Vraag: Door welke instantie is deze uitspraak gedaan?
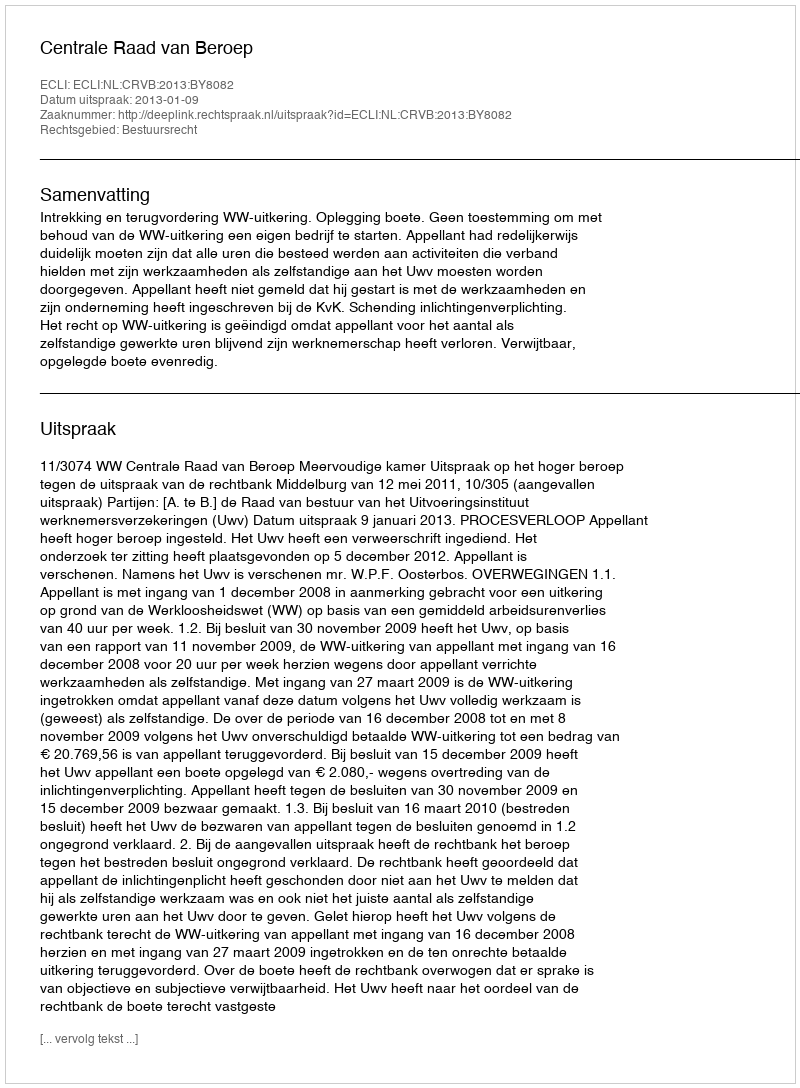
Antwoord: Centrale Raad van Beroep